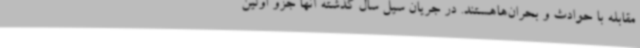
مقابله با حوادث و بحران‌هاهستند. در جریان سیل سال گذشته آنها جزو اولین